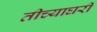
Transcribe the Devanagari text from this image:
तीच्याघरी